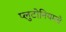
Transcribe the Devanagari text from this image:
प्लुटोनियमचे